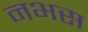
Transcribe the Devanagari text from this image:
नभस